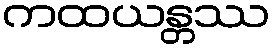
ကထယန္တဿ